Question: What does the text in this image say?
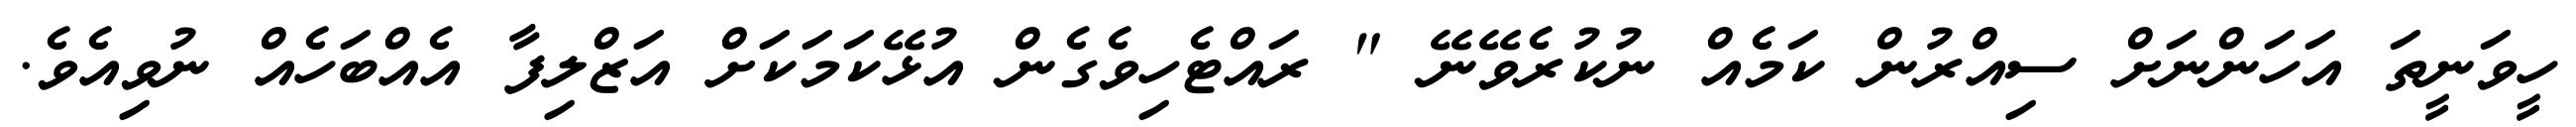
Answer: ހީވަނީތަ އަހަންނަށް ސިއްރުން ކަމެއް ނުކުރެވޭނޭ " ރައްޓެހިވެގެން އުޅޭކަމަކަށް އަޒްލިފާ އެއްބަހެއް ނުވިއެވެ.